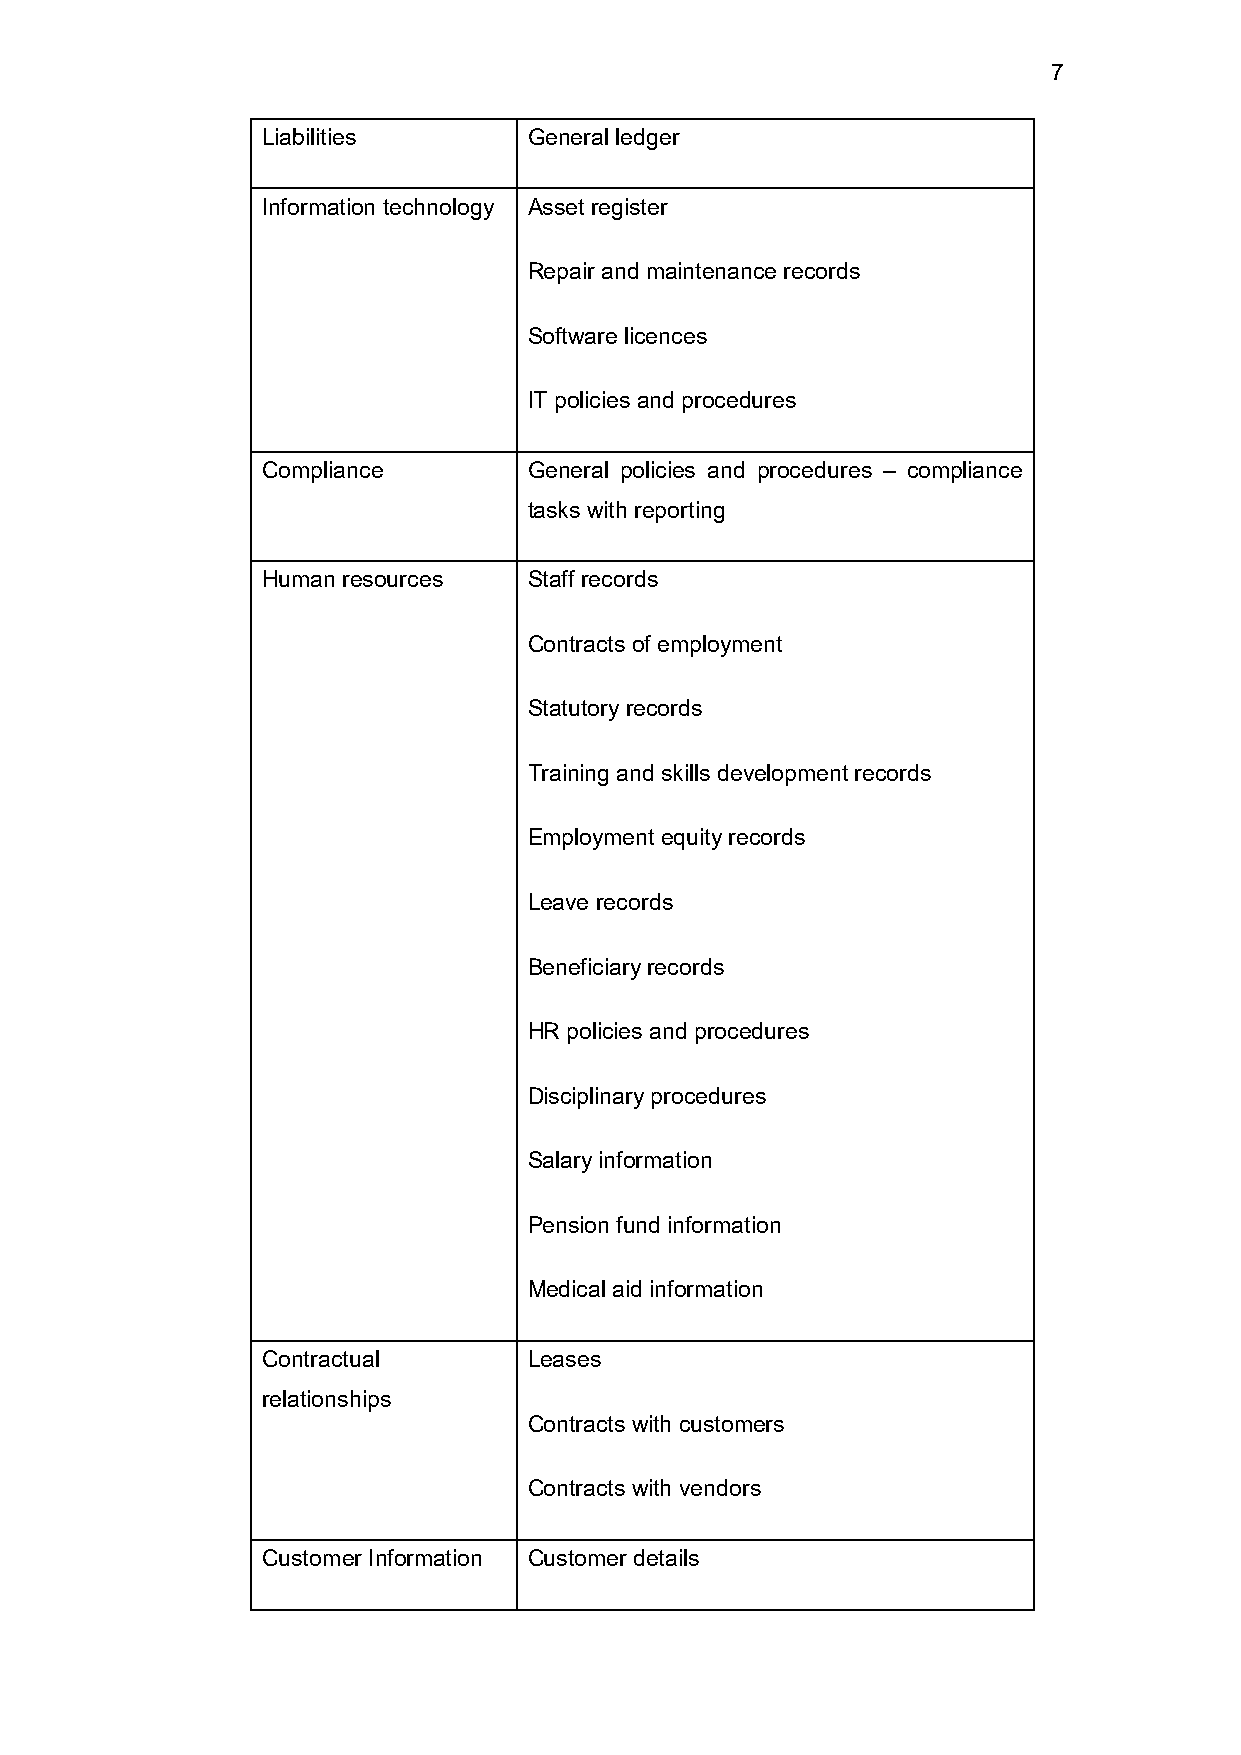
7
 Liabilities       General ledger
 Information technology Asset register
 Repair and maintenance records
 Software licences
 IT policies and procedures
 Compliance        General policies and procedures – compliance
 tasks with reporting
 Human resources   Staff records
 Contracts of employment
 Statutory records
 Training and skills development records
 Employment equity records
 Leave records
 Beneficiary records
 HR policies and procedures
 Disciplinary procedures
 Salary information
 Pension fund information
 Medical aid information
 Contractual       Leases
 relationships
 Contracts with customers
 Contracts with vendors
 Customer Information Customer details